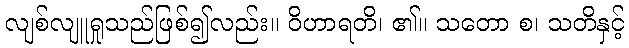
လျစ်လျူရှုသည်ဖြစ်၍လည်း။ ဝိဟာရတိ၊ ၏။ သတော စ၊ သတိနှင့်